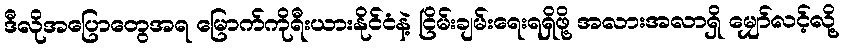
ဒီလိုအပြောတွေအရ မြောက်ကိုရီးယားနိုင်ငံနဲ့ ငြိမ်းချမ်းရေးရရှိဖို့ အလားအလာရှိ မျှော်လင့်လို့